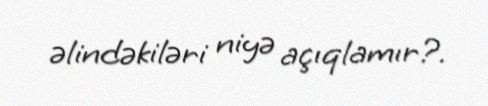
əlindəkiləri niyə açıqlamır?.